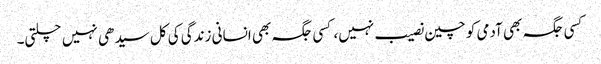
کسی جگہ بھی آدمی کو چین نصیب نہیں، کسی جگہ بھی انسانی زندگی کی کل سیدھی نہیں چلتی۔